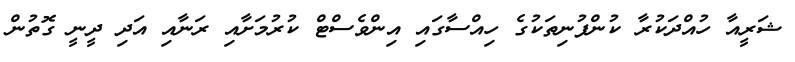
ޝަރީއާ ހުއްދަކުރާ ކުންފުނިތަކުގެ ހިއްސާގައި އިންވެސްޓް ކުރުމަށާއި ރަނާއި އަދި ދީނީ ގޮތުން